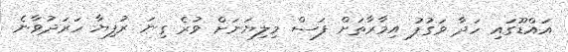
އައްޑޫގައި ހަދާ ވަގުފު އިމާރާތަށް ފަސް މިލިޔަނަށް ވުރެ ގިނަ ރުފިޔާ ހަރަދުވާނެ